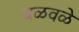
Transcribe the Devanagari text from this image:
चळवळे